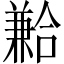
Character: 𪞍